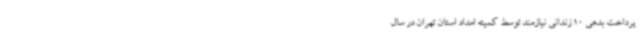
پرداخت بدهی 10 زندانی نیازمند توسط کمیته امداد استان تهران در سال